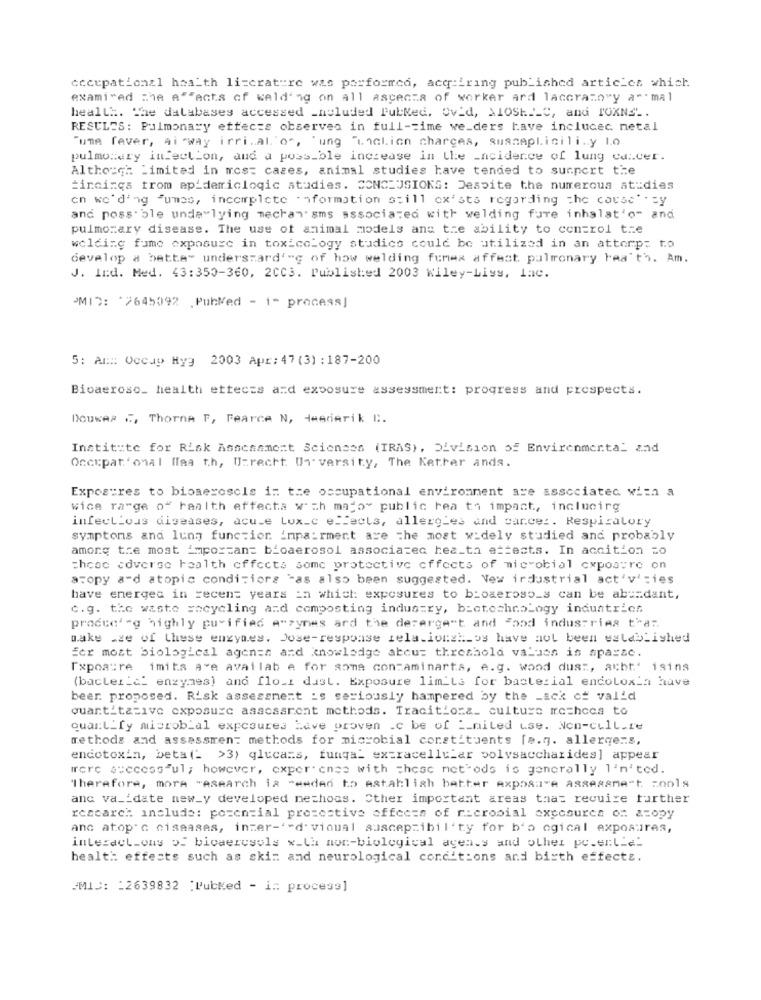
occupational health literature was performed, acquiring published articles which
exami"ed the a""acts of welding on all aspects of worker ard lacorazo"y a"" mal
heall :. The databases accessed _holuded Pulled. Ovid, MIOSELLC, and TOXNS ..
RESULTS: Pulmonary etteczs observea in full-time we_ders have inclucec. netal
"une fever, Ai "Way irri.al"o", "ung "undlion charges, susaplicili.y Lo
pulmonary infection, and a possible increase in the incidence of lung cancer.
Although Limited in most cases, animal studies have tended to surpert the
incinqs trom epidemiclogic studies. CONCLUSIONS: Despite the numerous at dies
en wording Fumes, incomplete information still exists regarding the cause" sy
and possible underlying mechanisms associated with welding fure inhalat'o" and
pulmonary disease. The use of animal models ans the ability to control tre
welding fume exposure in toxicology studics could be utilized in an attempt to
develop a betts" underszard'-g of how welding fumex affect pulmonary haa't'h. Am.
J. Ind. Med. 43:350-360, 2CC3. Published 2003 Wiley-Liys, lac.
PMID: '2645092 .PubMed - i- process]
5: Al ::: Occup Hyg 2003 Apr: 47 (3) : 187-200
Bioaeroso_ health ettects and exposure assessment: progress and prospects.
Douwes ", Thorne T, Fearce N, Hemderik C.
Institute for Risk Assessment Sciences (TRAS), Division of Environmental and
Occupational flaa th, Utrecht Un versity, The Kether ands.
Exposures to bioaerosols in the occupational environment are associated with a
wice range of health effects with major public rea to impact, inclucirg
infectious diseases, acute Lux_c effects, allergies and cancer. Respiratory
symptoms and lung function impairment are the most widely studied and probably
among the most Important bioaerosol associatec hea_th ettects. In accition zo
chcec adverse health effects some protective effects of microbial exposure on
acopy a"d atopic conditions tas also been suggested. New industrial act'v';ies
have energec in recent years in which exposures to bioaeroso_s can be ab == dant,
c.g. the waste recycling and composting industry, biotechnology industries
procce' -g highly purified A"zymes ard the derergast and food industries t'a:
make sze of these enzymes. Jose-response tela.ionsh_os have not been established
Ecr most biological agenza and knowledge about threshold values is aparse.
[xpoaire imita are available for some contaminarta, e.g. wood dus :, acht' 1sina
(bacteric' enzymes) and flo.i dust. Exposure limits for bacterial endotoxin have
beer. proposed. Risk assessment is seriously hampered by the _ack cf valid
Quantitative exposure assessment methods. Tracitiora_ culture mechccs to
quant_fy microbial expcoures have proven .c be of __ nited use. Non-cullare
methods and assessment methods for microbial constituents [a.g. allergens,
endotoxin, beta (" >3) glucans, funga_ extracellular polysaccharides] appear
more successful; however, exper. cnss with these methods is generally l'n'ted.
Therefore, more "esearch is "ended to establish better exposure assessment tools
anc va __ date new_y developed nethous. Cther important areas that require further
research include: potential prezestive offeces of ricrosial axcesurca on acopy
anc atop'a cisaases, inzer-'-d' vioual suscepzibil ty for b's ogical exposures,
interactions of bioaerosols w_La non-biological agents and other posertid"
health effects such as skin and neurological conditions and birth effects.
"MIS: : 2639832 :Pubked - i# process]